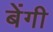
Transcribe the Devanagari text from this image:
बेंगी